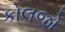
કોલજો